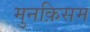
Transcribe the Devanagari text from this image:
मुनक़िसम